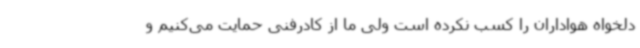
دلخواه هواداران را کسب نکرده است ولی ما از کادرفنی حمایت می‌کنیم و